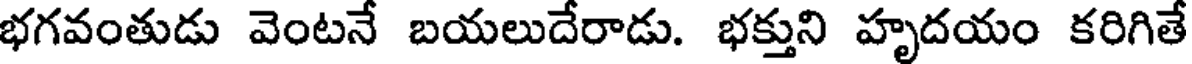
భగవంతుడు వెంటనే బయలుదేరాడు. భక్తుని హృదయం కరిగితే